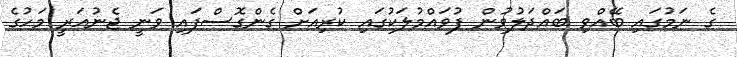
ގެ ނަމުގައި ބޭއްވި ބައްދަލުވުން ފުވައްމުލަކުގައި ކުރިއަށް ގެންގޮސްފައި ވަނީ ޖެނުއަރީ މަހުގެ